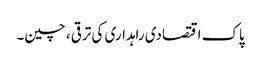
پاک اقتصادی راہداری کی ترقی ، چین۔